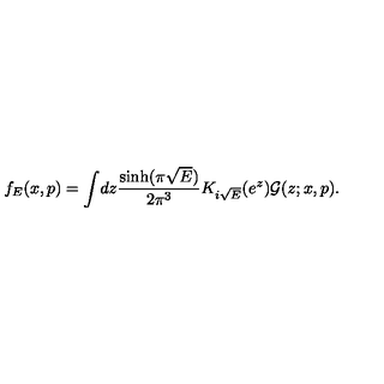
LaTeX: f _ { E } ( x , p ) = \int \! d z \frac { \sinh ( \pi \sqrt { E } ) } { 2 \pi ^ { 3 } } K _ { i \sqrt { E } } ( e ^ { z } ) \mathcal { G } ( z ; x , p ) .